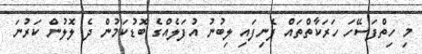
މި ހިތްފަސޭހަ ހަރަކާތްތައް ފެނިފައި ލިބުނު އުފަލެއްގެ ބޮޑުކަމުން ދެ ލޮލުން ކަރުނަ